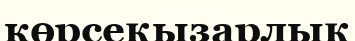
көрсеқызарлық